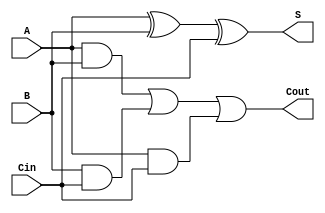
`timescale 1ns / 1ps

module full_adder(S,Cout,A,B,Cin);

output wire S,Cout;
input wire A,B,Cin;

wire andBCin, andACin,andAB;

assign S=A^B^Cin;
assign andAB=A&B;
assign andBCin=B&Cin;
assign andACin=A&Cin;
assign Cout=andAB |andBCin| andACin;

endmodule